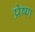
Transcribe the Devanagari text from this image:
प्रेष्ण